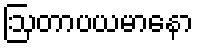
ဩတာပယမာနော